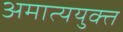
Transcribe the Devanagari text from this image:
अमात्ययुक्त